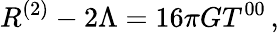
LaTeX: R^{(2)}-2\Lambda=16\pi GT^{00}\, ,